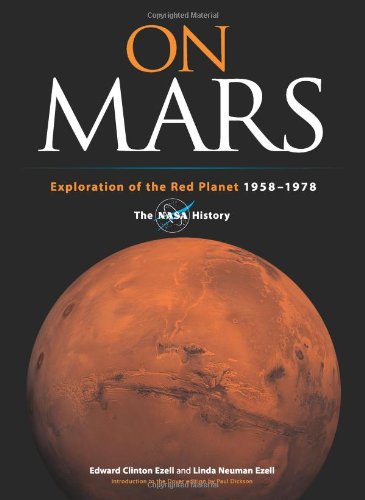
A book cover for On Mars: Exploration of the Red Planet, 1958-1978--The NASA History (Dover Books on Astronomy); Edward Clinton Ezell; Science & Math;